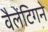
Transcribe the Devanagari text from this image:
वैलेंटिगने